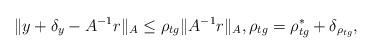
LaTeX: \begin{align*}\|y+ \delta_y - A^{-1}r\|_A \le \rho_{tg} \|A^{-1}r\|_A, \rho_{tg} = \rho_{tg}^* + \delta_{\rho_{tg}} ,\end{align*}